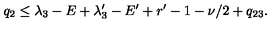
q _ { 2 } \le \lambda _ { 3 } - E + \lambda _ { 3 } ^ { \prime } - E ^ { \prime } + r ^ { \prime } - 1 - \nu / 2 + q _ { 2 3 } .